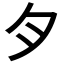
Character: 𱼀